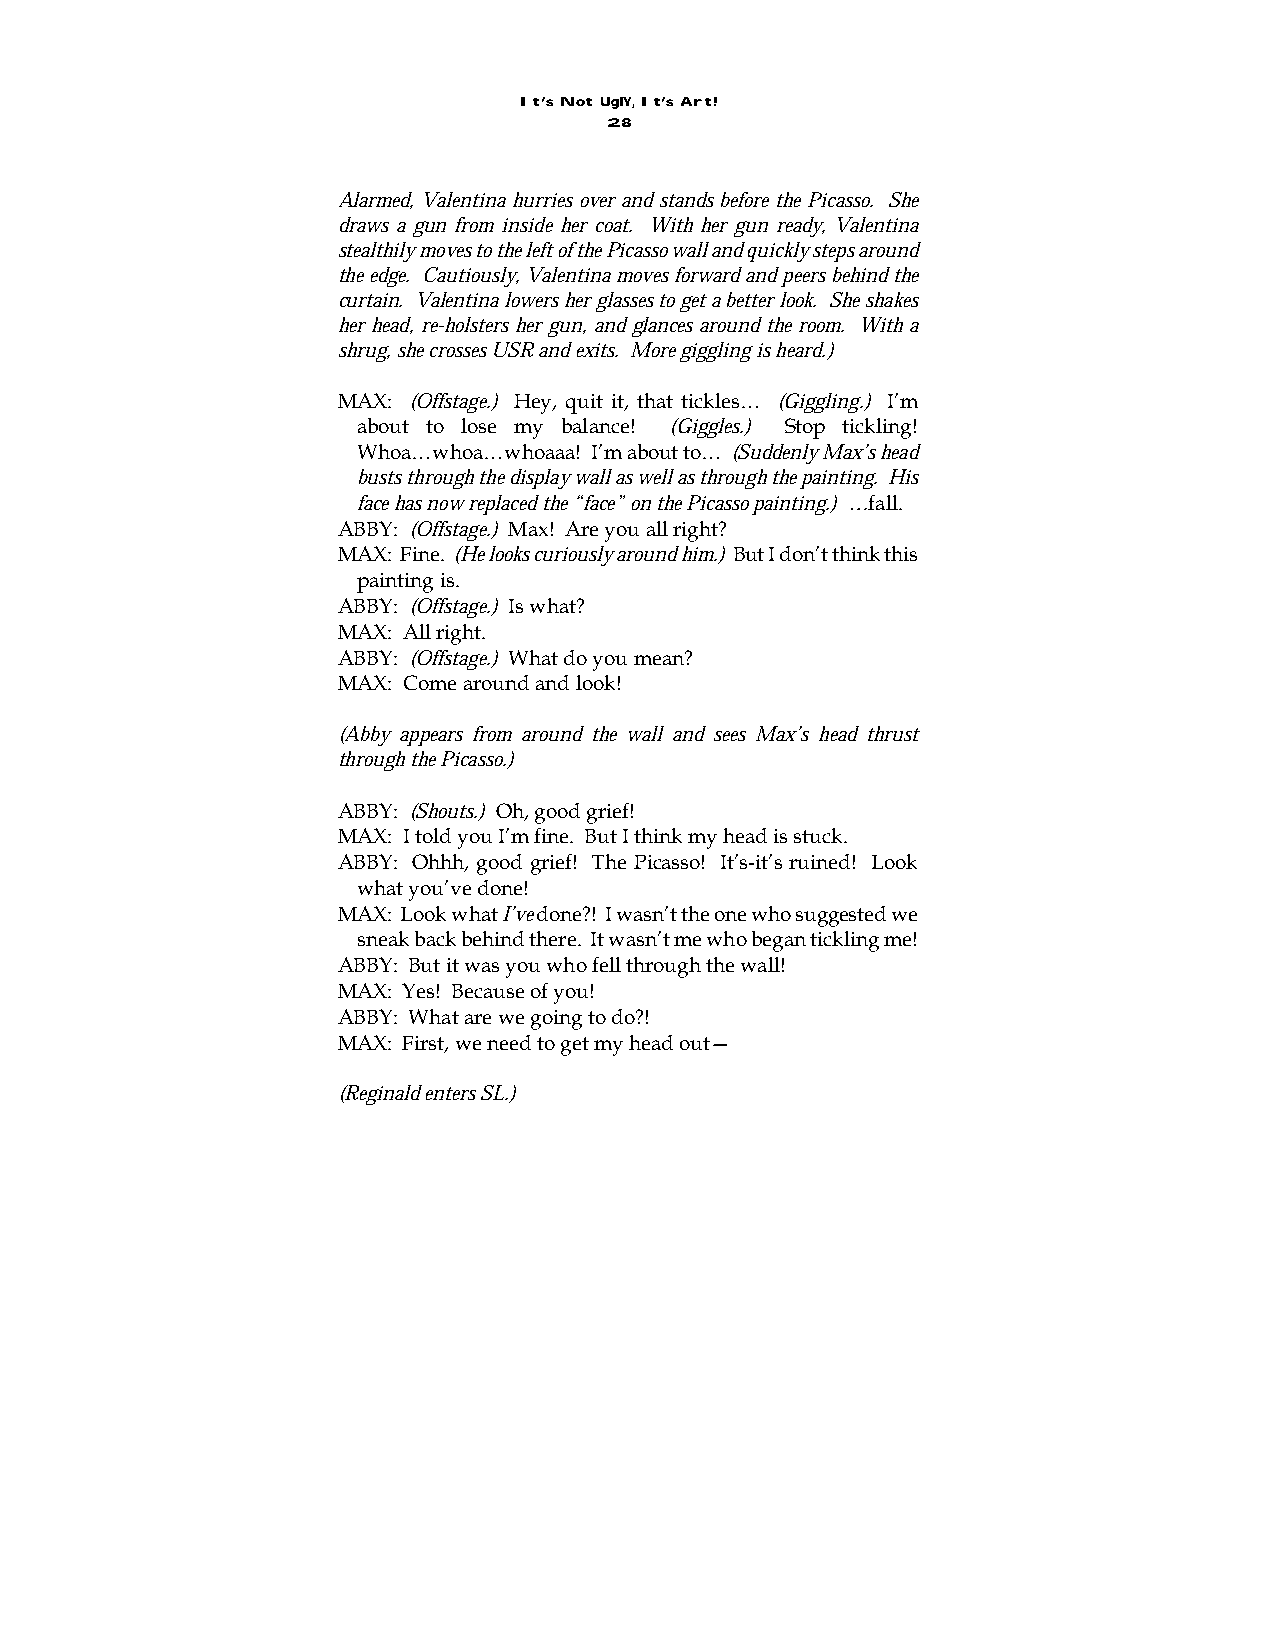
It’s Not UglY, It’s Art!
 28
 Alarmed, Valentina hurries over and stands before the Picasso. She
 draws a gun from inside her coat. With her gun ready, Valentina
 stealthily moves to the left of the Picasso wall and quickly steps around
 the edge. Cautiously, Valentina moves forward and peers behind the
 curtain. Valentina lowers her glasses to get a better look. She shakes
 her head, re-holsters her gun, and glances around the room. With a
 shrug, she crosses USR and exits. More giggling is heard.)
 MAX: (Offstage.) Hey, quit it, that tickles… (Giggling.) I’m
 about to lose my balance! (Giggles.) Stop tickling!
 Whoa…whoa…whoaaa! I’m about to… (Suddenly Max’s head
 busts through the display wall as well as through the painting. His
 face has now replaced the “face” on the Picasso painting.) …fall.
 ABBY: (Offstage.) Max! Are you all right?
 MAX: Fine. (He looks curiously around him.) But I don’t think this
 painting is.
 ABBY: (Offstage.) Is what?
 MAX: All right.
 ABBY: (Offstage.) What do you mean?
 MAX: Come around and look!
 (Abby appears from around the wall and sees Max’s head thrust
 through the Picasso.)
 ABBY: (Shouts.) Oh, good grief!
 MAX: I told you I’m fine. But I think my head is stuck.
 ABBY: Ohhh, good grief! The Picasso! It’s-it’s ruined! Look
 what you’ve done!
 MAX: Look what I’ve done?! I wasn’t the one who suggested we
 sneak back behind there. It wasn’t me who began tickling me!
 ABBY: But it was you who fell through the wall!
 MAX: Yes! Because of you!
 ABBY: What are we going to do?!
 MAX: First, we need to get my head out—
 (Reginald enters SL.)